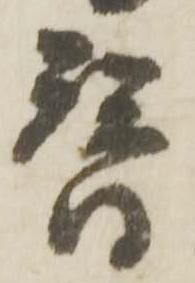
替